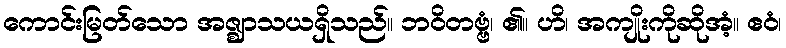
ကောင်းမြတ်သော အဇ္ဈာသယရှိသည်။ ဘဝိတဗ္ဗံ၊ ၏။ ဟိ၊ အကျိုးကိုဆိုအံ့။ ဧဝံ၊